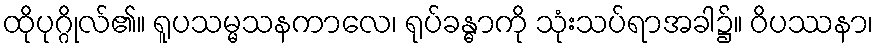
ထိုပုဂ္ဂိုလ်၏။ ရူပသမ္မသနကာလေ၊ ရုပ်ခန္ဓာကို သုံးသပ်ရာအခါ၌။ ဝိပဿနာ၊